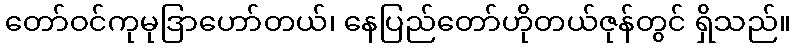
တော်ဝင်ကုမုဒြာဟော်တယ်၊ နေပြည်တော်ဟိုတယ်ဇုန်တွင် ရှိသည်။